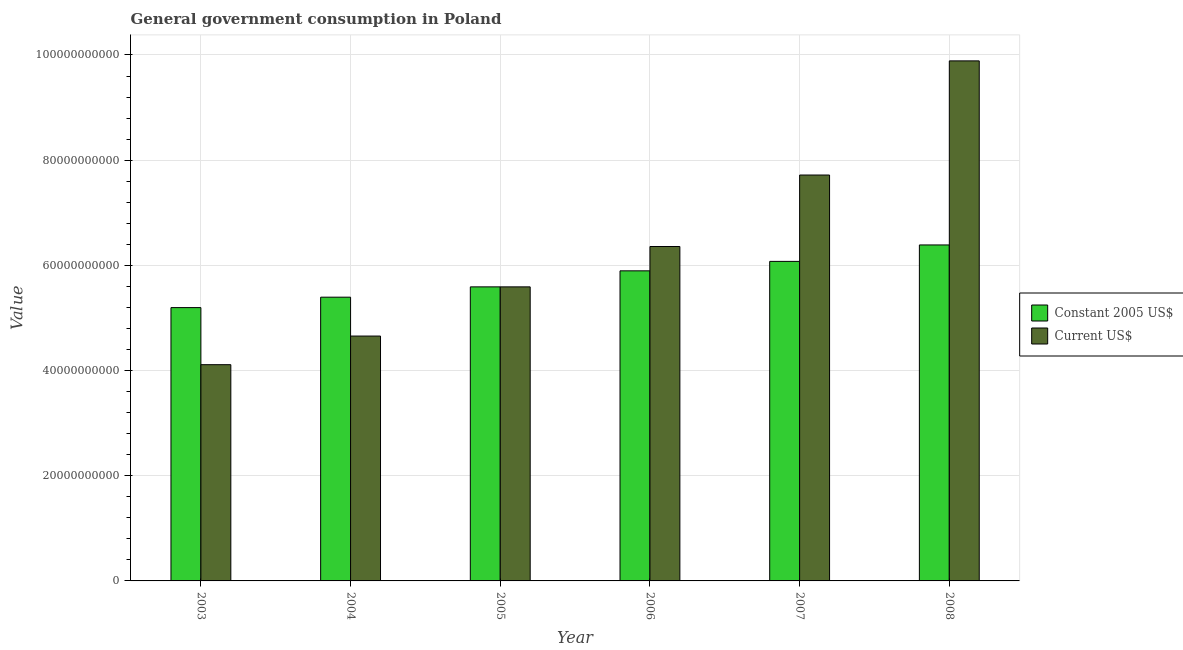
| Year | Constant 2005 US$ | Current US$ |
 | --- | --- | --- |
 | 2003 | 5.2e+10 | 4.11e+10 |
 | 2004 | 5.39e+10 | 4.66e+10 |
 | 2005 | 5.59e+10 | 5.59e+10 |
 | 2006 | 5.9e+10 | 6.36e+10 |
 | 2007 | 6.08e+10 | 7.72e+10 |
 | 2008 | 6.39e+10 | 9.89e+10 |